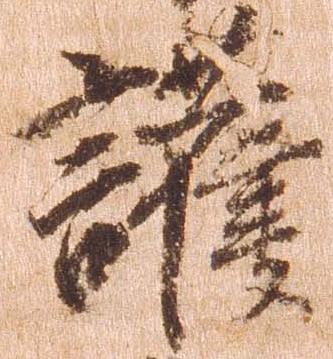
護